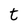
Character: t